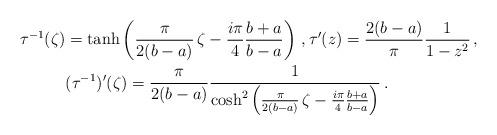
LaTeX: \begin{align*} \tau^{-1}(\zeta) &= \tanh\left(\frac{\pi}{2(b-a)}\,\zeta-\frac{i\pi}{4}\frac{b+a}{b-a}\right) \,, \tau'(z)=\frac{2(b-a)}{\pi}\frac{1}{1-z^2}\,, \\ &(\tau^{-1})'(\zeta) = \frac{\pi}{2(b-a)}\frac{1}{\cosh^2\left(\frac{\pi}{2(b-a)}\,\zeta-\frac{i\pi}{4}\frac{b+a}{b-a}\right)} \,. \end{align*}